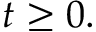
t \geq 0 .